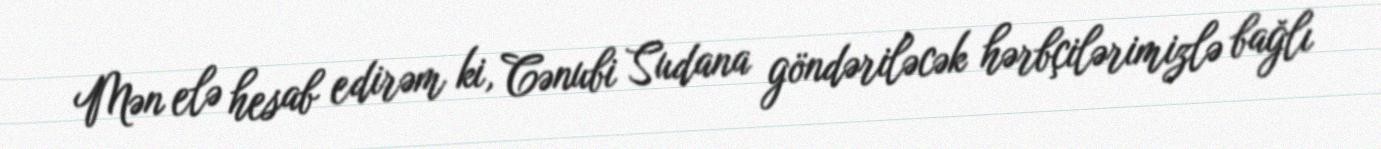
Mən elə hesab edirəm ki, Cənubi Sudana göndəriləcək hərbçilərimizlə bağlı